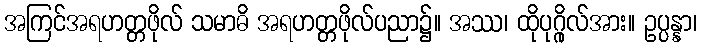
အကြင်အရဟတ္တဖိုလ် သမာဓိ အရဟတ္တဖိုလ်ပညာ၌။ အဿ၊ ထိုပုဂ္ဂိုလ်အား။ ဥပ္ပန္နာ၊